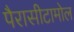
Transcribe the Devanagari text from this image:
पैरासीटामोल